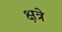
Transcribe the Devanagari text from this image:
क्षत्रे